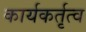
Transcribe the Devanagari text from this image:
कार्यकर्तृत्व